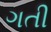
ગતી